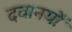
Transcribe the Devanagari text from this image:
दवानयों